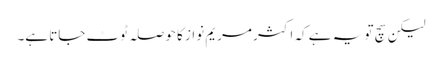
لیکن سچ تو یہ ہے کہ اکثر مریم نواز کا حوصلہ ٹوٹ جاتا ہے۔